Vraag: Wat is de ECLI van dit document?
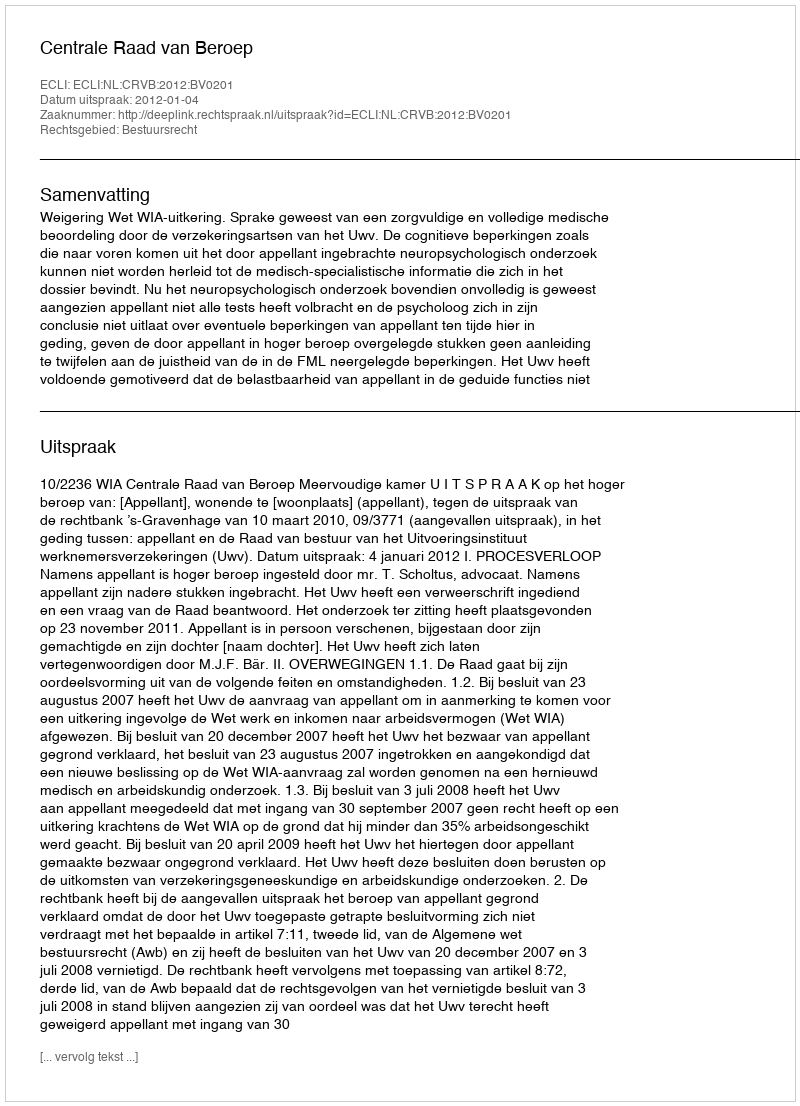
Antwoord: ECLI:NL:CRVB:2012:BV0201